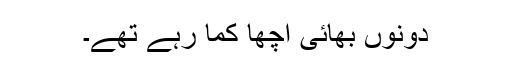
دونوں بھائی اچھا کما رہے تھے۔